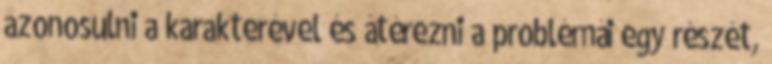
azonosulni a karakterével és átérezni a problémái egy részét,